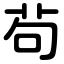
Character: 茍